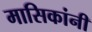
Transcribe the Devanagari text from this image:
मासिकांनी